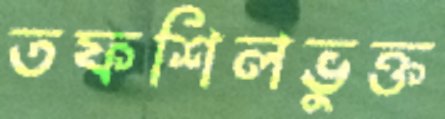
তফশিলভুক্ত